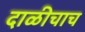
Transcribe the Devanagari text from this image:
दाळीचाच